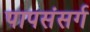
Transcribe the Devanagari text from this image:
पापसंसर्ग